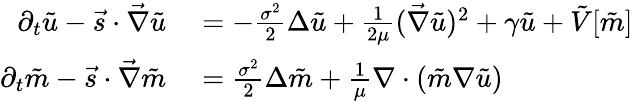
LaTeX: \begin{array}{rl}{\partial_{t}\tilde{u}-\vec{s}\cdot\vec{\nabla}\tilde{u}}&{{}=-\frac{\sigma^{2}}{2}\Delta{\tilde{u}}+\frac{1}{2\mu}(\vec{\nabla}\tilde{u})^{2}+\gamma\tilde{u}+\tilde{V}[\tilde{m}]}\\ {\partial_{t}\tilde{m}-\vec{s}\cdot\vec{\nabla}\tilde{m}}&{{}=\frac{\sigma^{2}}{2}\Delta\tilde{m}+\frac{1}{\mu}\nabla\cdot(\tilde{m}\nabla\tilde{u})}\end{array}